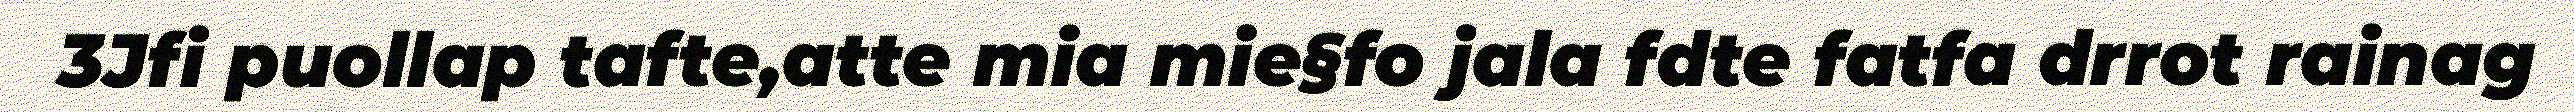
3Jfi puollap tafte,atte mia mie§fo jala fdte fatfa drrot rainag